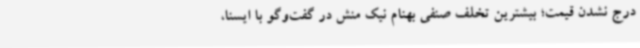
درج نشدن قیمت؛ بیشترین تخلف صنفی بهنام نیک منش در گفت‌وگو با ایسنا،